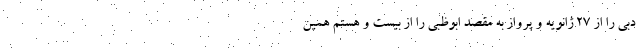
دبی را از ۲۷ ژانویه و پرواز به مقصد ابوظبی را از بیست و هستم همین